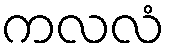
ကလလံ